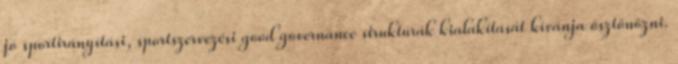
jó sportirányítási, sportszervezési good governance struktúrák kialakítását kívánja ösztönözni.